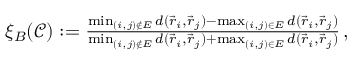
\begin{array} { r } { \xi _ { B } ( \mathcal { C } ) : = \frac { \operatorname* { m i n } _ { ( i , j ) \notin E } d ( \vec { r } _ { i } , \vec { r } _ { j } ) - \operatorname* { m a x } _ { ( i , j ) \in E } d ( \vec { r } _ { i } , \vec { r } _ { j } ) } { \operatorname* { m i n } _ { ( i , j ) \notin E } d ( \vec { r } _ { i } , \vec { r } _ { j } ) + \operatorname* { m a x } _ { ( i , j ) \in E } d ( \vec { r } _ { i } , \vec { r } _ { j } ) } \, , } \end{array}